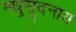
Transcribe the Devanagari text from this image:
मधुसूदनाय